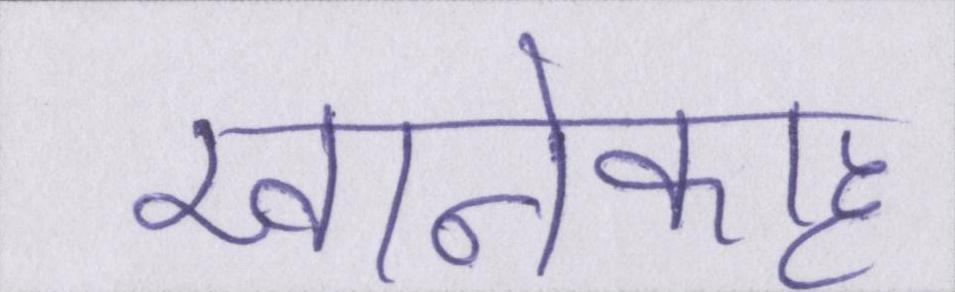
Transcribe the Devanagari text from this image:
खानेकाह